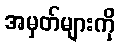
အမှတ်များကို